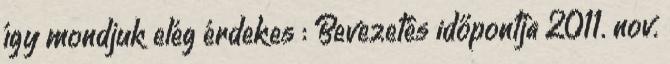
így mondjuk elég érdekes : Bevezetés időpontja 2011. nov.